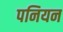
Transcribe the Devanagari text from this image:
पनियन